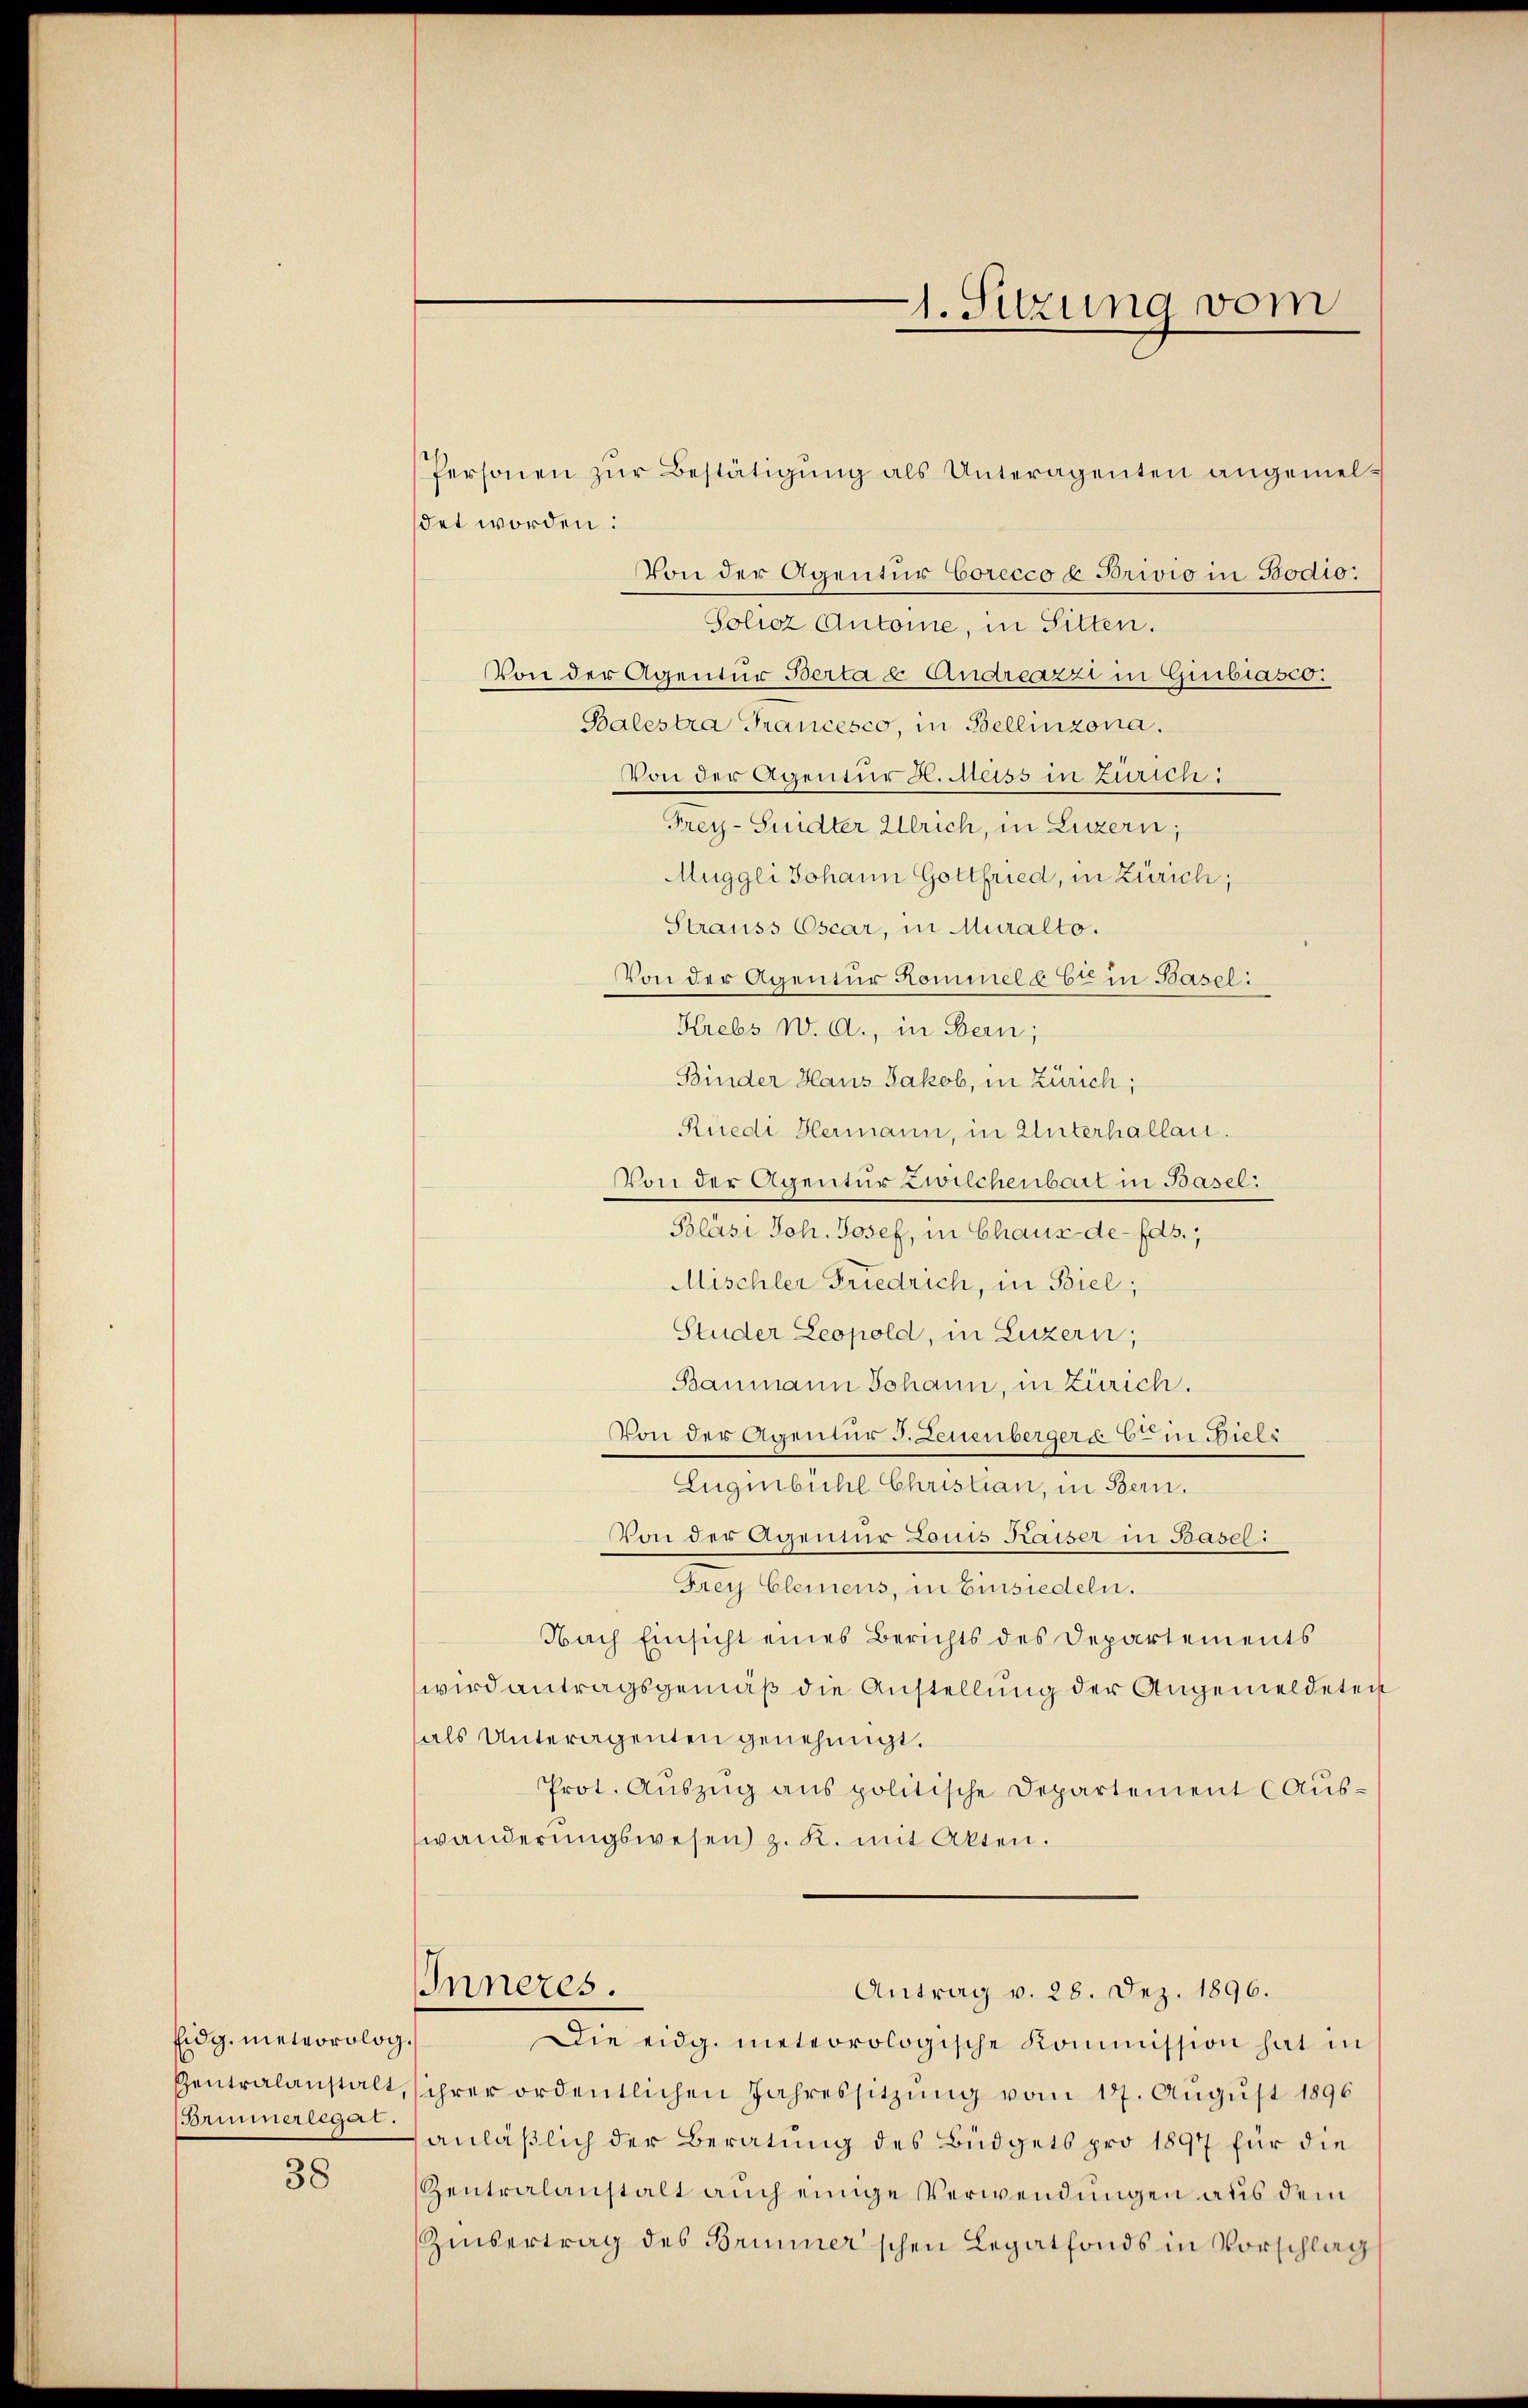
Eidg. meteorolog.
Brunnerlegat.

38

det worden:
Von der Agentur Corecco u Brivio in Bodio.
Poliez Antone, in Sitten.
Von der Agentur Berta u. Andreazzi in Girbiasco:
Balestra Francesco, in Bellinzona.
Von der Agentur H. Mess in Zürich:
Frey-Suidter, Ulrich, in Luzern;
Muggli Johann Gottfried, in Zürich;
Strauss Cscar, in Muralto.
Von der Agentur Kommelebte in Baseli
Krebs W. A., in Bern;
Binder Haus Jakob, in Zürich;
Rüedi Hermann, in Unterhallai.
Von der Agentur Zwilchenbart in Basel:
Bläsi Joh. Josef, in Chaux-de-Eds.,
Mischler Friedrich, in Biel;
Studer Leopold, in Luzern,
Baumann Johann, in Zürich.
Von der Agentur J. Leuenberger a 6 in Bielr
Eugenbühl Christian, in Bern.
Von der Agentur Louis Kaiser in Basel:
Frey Clemens, in Einsiedeln.
Nach Einsicht eines Berichts des Departements
wird antragsgemäß die Anstellung der Angemeldeten
als Unteragenten genehmigt.
Prot. Aŭszŭg ans politische Departement (Aus-
wänderungswesen z. R. mit Akten.
Inneres.
Antrag v. 28. Dez. 1896.
Die eidg. meteorologische Kommission hat in
Pentralanstalt, ihrer ordentlichen Jahressitzung vom 17. August 1896
anläßlich der Beratung des Büdgets pro 1897 für die
Zentralanstalt auch einige Verwendungen aus dem
Zinsertrag des Brunner'schen Legatfonds in Vorschlag

1. Sitzung vom

Personen zŭr Bestätigung als Unteragenten angemel¬